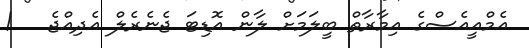
އެމްއީއެސްގެ އިމާރާތް ބީލަމަށް ލާން އޮޑިޓަ ޖެނެރެލް އެދިއްޖެ   !